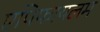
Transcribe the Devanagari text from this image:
एपिफायलम